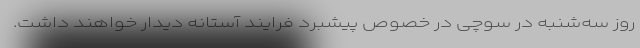
روز سه‌شنبه در سوچی در خصوص پیشبرد فرایند آستانه دیدار خواهند داشت.